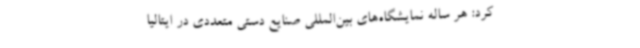
کرد: هر ساله نمایشگاه‌های بین‌المللی صنایع دستی متعددی در ایتالیا